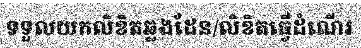
ទទួលយកលិខិតឆ្លងដែន/លិខិតធ្វើដំណើរ